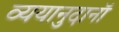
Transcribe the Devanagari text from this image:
व्ययानुदानॉ